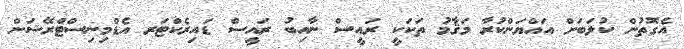
އެގޮތުން ކުލަބަށް އައްޔަންކުރާ މަޤާމު ތަކަކީ ރައީސް ނާއިބު ރައީސް ޑައިރެކްޓަރ އެޑްމިނިސްޓްރޭޝަން